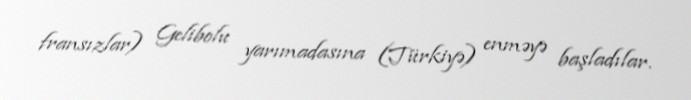
fransızlar) Gelibolu yarımadasına (Türkiyə) enməyə başladılar.